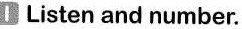
1 Listen and number.